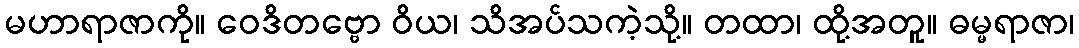
မဟာရာဇာကို။ ဝေဒိတဗ္ဗော ဝိယ၊ သိအပ်သကဲ့သို့။ တထာ၊ ထို့အတူ။ ဓမ္မရာဇာ၊